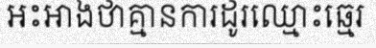
អះអាងថាគ្មានការដូរឈ្មោះឆ្មេរ